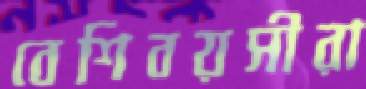
বেশিবয়সীরা